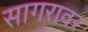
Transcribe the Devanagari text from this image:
सागरावर